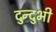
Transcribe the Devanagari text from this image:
दुन्‍दुभी